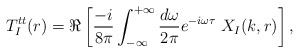
\begin{align*}T^{tt}_I(r) =\Re \left[{-i\over8\pi} \int_{-\infty}^{+\infty} {d\omega\over 2\pi}e^{-i\omega\tau} \; X_I(k,r)\right],\end{align*}